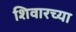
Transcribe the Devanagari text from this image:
शिवारच्या